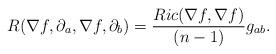
LaTeX: \begin{align*}R(\nabla f,\partial_a,\nabla f,\partial_b)=\frac{Ric(\nabla f,\nabla f)}{(n-1)}g_{ab}.\end{align*}